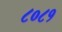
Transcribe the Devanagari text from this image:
८०८१